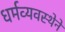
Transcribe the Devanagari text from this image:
धर्मव्यवस्थेने